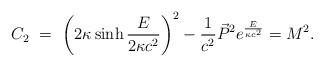
LaTeX: \begin{align*}C_2 \ = \ \left(2\kappa\sinh \frac{E}{2\kappa c^2} \right)^2 -{1\over c^2}\vec P^2 e^{\frac{E}{\kappa c^2}} = M^2 .\end{align*}